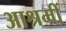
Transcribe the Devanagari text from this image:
आश्रमीं